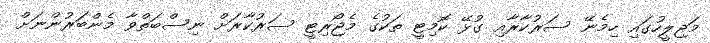
މަޖިލީހުގައި ހިމެނޭ ސަރުކާރާއި ގުޅޭ ކޮމިޓީ ތަކުގެ މެޖޯރިޓީ ސަރުކާރަށް ނިސްބަތްވާ މެންބަރުންނަށް